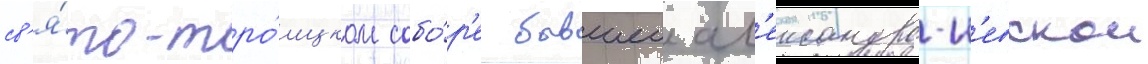
св'я́то-тро́ицком собо́р'е бывшеи ал'ександро-н'евскои